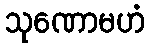
သုဏောမဟံ